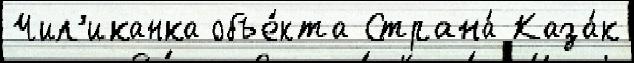
Чил'иканка объе́кта Страна́ Каза́к